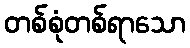
တစ်စုံတစ်ရာသော